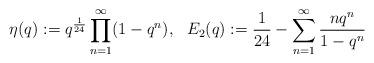
LaTeX: \begin{align*}\eta(q):= q^ \frac{1}{24}\prod_{n=1}^\infty (1-q^n),\ \ E_2(q):=\frac{1}{24}-\sum_{n=1}^\infty \frac{nq^n}{1-q^n}\end{align*}